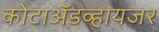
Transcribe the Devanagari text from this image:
कोटाॲडव्हायजर